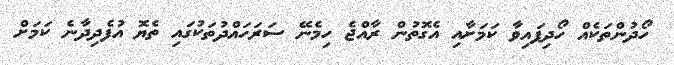
ހޯދުންތަކެއް ހޯދިފައިވާ ކަމަށާއި އެގޮތުން ރާއްޖެ ހިމެނޭ ސަރަހައްދުތަކުގައި ތެޔޮ އުފެދިދާނެ ކަމަށް